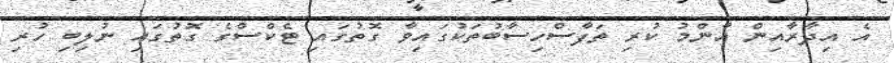
އެ އިދާރާއިން އާންމު ކުރި ތަފާސްހިސާބުތަކުގައިވާ ގޮތުގައި ޓެކްސްގެ ގޮތުގައި ނުލިބި ހުރި